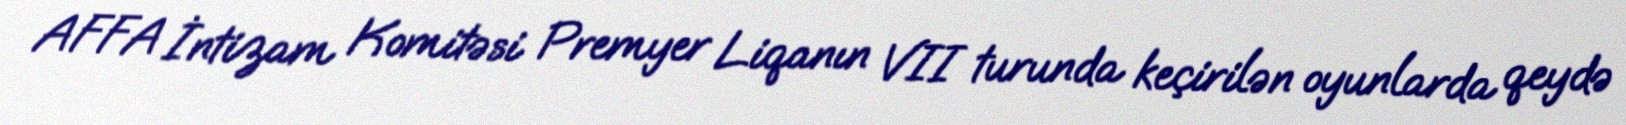
AFFA İntizam Komitəsi Premyer Liqanın VII turunda keçirilən oyunlarda qeydə